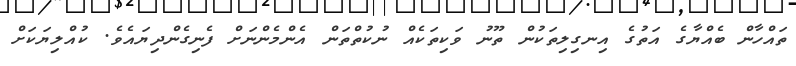
ތައްހާން ބެއްޔާގެ އަތުގެ އިނގިލިތަކުން ތޫނު ވަކިތަކެއް ނުކުތްތަން އެންމެންނަށް ފެނިގެންދިޔައެވެ. ކުއްލިޔަކަށް